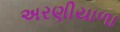
અરણીયાળા